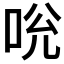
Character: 𠱕